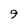
Character: 9